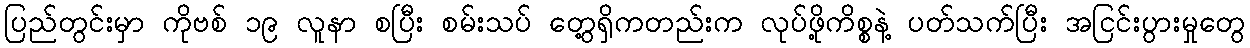
ပြည်တွင်းမှာ ကိုဗစ် ၁၉ လူနာ စပြီး စမ်းသပ် တွေ့ရှိကတည်းက လုပ်ဖို့ကိစ္စနဲ့ ပတ်သက်ပြီး အငြင်းပွားမှုတွေ